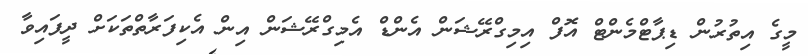
މީގެ އިތުރުން ޑިޕާޓްމެންޓް އޮފް އިމިގްރޭޝަން އެންޑް އެމިގްރޭޝަން އިން އެކިފަރާތްތަކަށް ދީފައިވާ